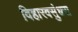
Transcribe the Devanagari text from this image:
विहारवसुंधरा